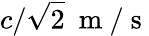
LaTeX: c/\sqrt{2}\ \mathrm{~m~/~s~}